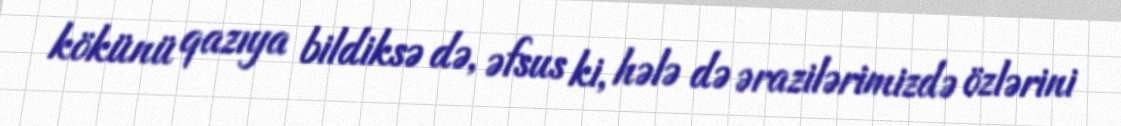
kökünü qazıya bildiksə də, əfsus ki, hələ də ərazilərimizdə özlərini